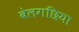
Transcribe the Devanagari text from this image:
बेलगछिया